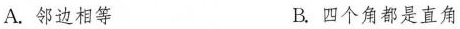
A.邻边相等 B.四个角都是直角